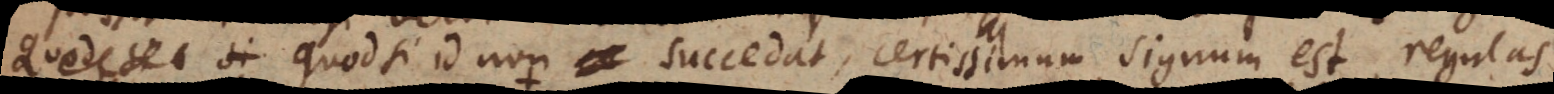
Quodsi id non succedat, certissimum signum est, regulas